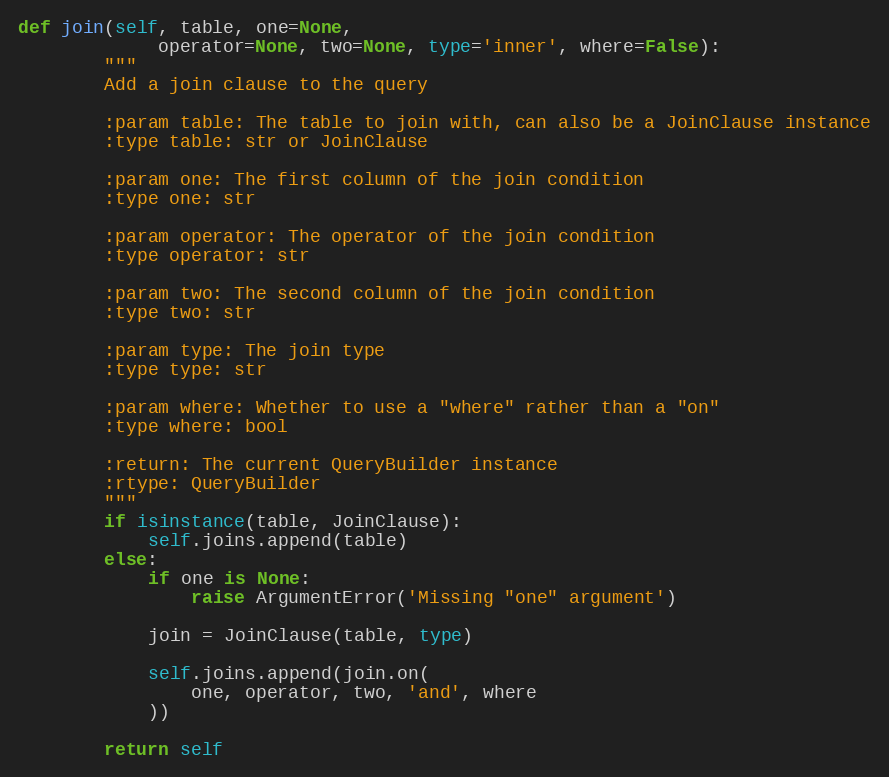
Language: Python
def join(self, table, one=None,
             operator=None, two=None, type='inner', where=False):
        """
        Add a join clause to the query

        :param table: The table to join with, can also be a JoinClause instance
        :type table: str or JoinClause

        :param one: The first column of the join condition
        :type one: str

        :param operator: The operator of the join condition
        :type operator: str

        :param two: The second column of the join condition
        :type two: str

        :param type: The join type
        :type type: str

        :param where: Whether to use a "where" rather than a "on"
        :type where: bool

        :return: The current QueryBuilder instance
        :rtype: QueryBuilder
        """
        if isinstance(table, JoinClause):
            self.joins.append(table)
        else:
            if one is None:
                raise ArgumentError('Missing "one" argument')

            join = JoinClause(table, type)

            self.joins.append(join.on(
                one, operator, two, 'and', where
            ))

        return self